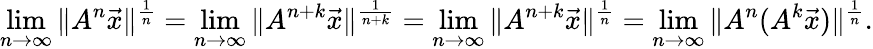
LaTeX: \operatorname*{lim}_{n\to\infty}\| A^{n}\vec{x}\| ^{\frac{1}{n}}=\operatorname*{lim}_{n\to\infty}\| A^{n+k}\vec{x}\| ^{\frac{1}{n+k}}=\operatorname*{lim}_{n\to\infty}\| A^{n+k}\vec{x}\| ^{\frac{1}{n}}=\operatorname*{lim}_{n\to\infty}\| A^{n}(A^{k}\vec{x})\| ^{\frac{1}{n}}.